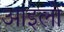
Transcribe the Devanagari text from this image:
आइलो